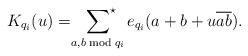
LaTeX: \begin{align*}K_{q_i}(u)=\sideset{}{^\star}\sum_{a,b\bmod{q_i}}e_{q_i}(a+b+u\overline{ab}).\end{align*}